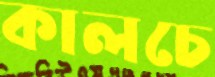
কালচে